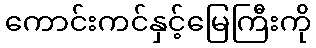
ကောင်းကင်နှင့်မြေကြီးကို